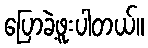
ပြောခဲ့ဖူးပါတယ်။